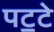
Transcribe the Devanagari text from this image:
पट॒टे